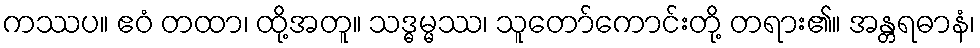
ကဿပ။ ဧဝံ တထာ၊ ထို့အတူ။ သဒ္ဓမ္မဿ၊ သူတော်ကောင်းတို့ တရား၏။ အန္တရဓာနံ၊